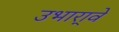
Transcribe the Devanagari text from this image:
उभारा्वे